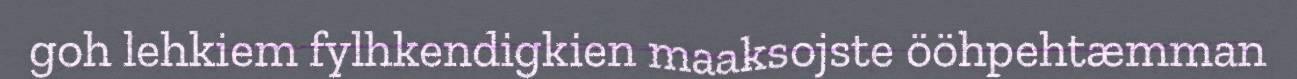
goh lehkiem fylhkendigkien maaksojste ööhpehtæmman